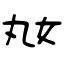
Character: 奿